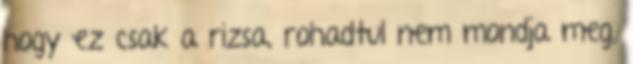
hogy ez csak a rizsa, rohadtul nem mondja meg,